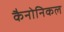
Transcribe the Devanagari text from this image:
कैनोनिकल